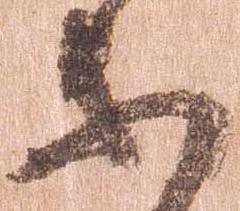
等